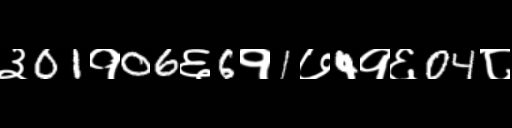
Text: ३01१06६6१1७4१६04८